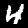
Label: 4